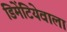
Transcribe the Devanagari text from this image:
डिमेंटियेवाला